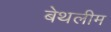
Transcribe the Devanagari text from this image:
बेथलीम